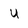
Character: u